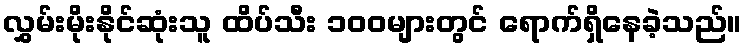
လွှမ်းမိုးနိုင်ဆုံးသူ ထိပ်သီး ၁၀၀များတွင် ရောက်ရှိနေခဲ့သည်။